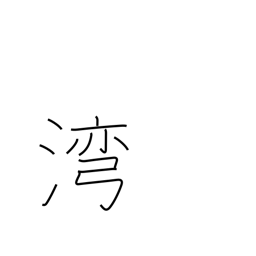
Meaning: gulf